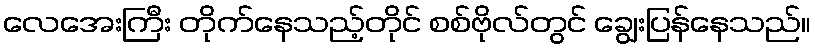
လေအေးကြီး တိုက်နေသည့်တိုင် စစ်ဗိုလ်တွင် ချွေးပြန်နေသည်။